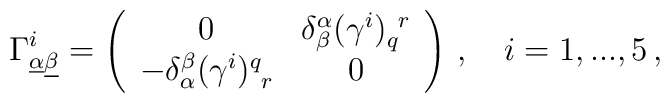
\Gamma^i_{\underline\alpha\underline\beta}=\left(\begin{array}{cc}0  &  \delta^\alpha_\beta(\gamma^{i})_q^{~r}\\-\delta_\alpha^\beta(\gamma^i)^q_{~r}   &  0\end{array}\right)\,, \quad i=1,...,5\,,